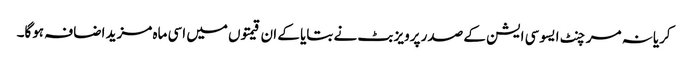
کریانہ مرچنٹ ایسوسی ایشن کے صدر پرویز بٹ نے بتایا کے ان قیمتوں میں اسی ماہ مزید اضافہ ہوگا۔